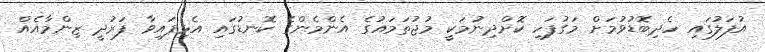
އުފަލުގައި ހެދިބޮޑުވުމަށް މަގުފަހި ކޮށްދިނުމަކީ މުޖުތަމައުގެ އެންމެންގެ ކޮނޑުގައި އެޅިފައިވާ ފަރުދީ ޒިންމާއެއް